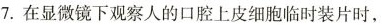
7.在显微镜下观察人的口腔上皮细胞临时装片时，